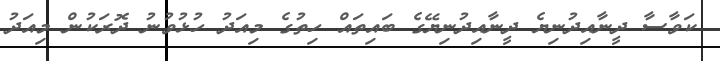
ކަވާސާ ދީނާއިދުނިޔެ ދީނާއިދުނިޔޭގެ ބައިތައް ހިތުގެ މިއަދު ހުޅުވުނު ދޮރަކުން މިއަދު